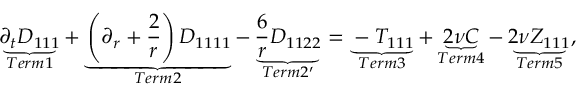
\underbrace { \partial _ { t } D _ { 1 1 1 } } _ { T e r m 1 } + \underbrace { \left( \partial _ { r } + \frac { 2 } { r } \right) D _ { 1 1 1 1 } } _ { T e r m 2 } - \underbrace { \frac { 6 } { r } D _ { 1 1 2 2 } } _ { T e r m 2 ^ { \prime } } = \underbrace { - T _ { 1 1 1 } } _ { T e r m 3 } + \underbrace { 2 \nu C } _ { T e r m 4 } - \underbrace { 2 \nu Z _ { 1 1 1 } } _ { T e r m 5 } ,